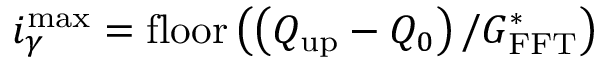
i _ { \gamma } ^ { \operatorname* { m a x } } = \mathrm { f l o o r } \left( \left( Q _ { \mathrm { u p } } - Q _ { 0 } \right) / G _ { \mathrm { F F T } } ^ { * } \right)